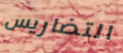
التضاريس